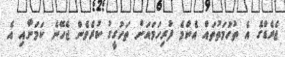
ޖެރެޑްގެ އެ ތުހުމަތުތައް އެންމެ ފުރިހަމައަށް ތަހުގީގު ކުރެވެން ޖެހޭނެ ކަމަށާއި އެ